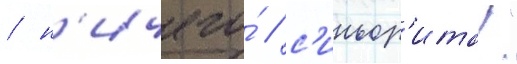
/ н'ичего́ / с'иньор'ита!"